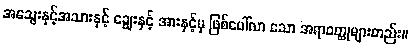
အသွေးနှင့်အသားနှင့် ချွေးနှင့် အားနှင့်မှ ဖြစ်ပေါ်လာ သော အရာဝတ္ထုများတည်း။